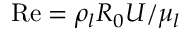
\mathrm { { R e } } = { \rho _ { l } } { R _ { 0 } } U / { \mu _ { l } }